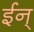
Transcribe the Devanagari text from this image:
ईन्